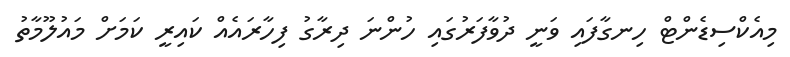
މިއެކްސިޑެންޓް ހިނގާފައި ވަނީ ދުވާފަރުގައި ހުންނަ ދިރާގު ފިހާރައެއް ކައިރީ ކަމަށް މައުލޫމާތު